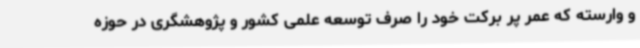
و وارسته که عمر پر برکت خود را صرف توسعه علمی کشور و پژوهشگری در حوزه